Scottish Leaving Certificate Examination, 1955
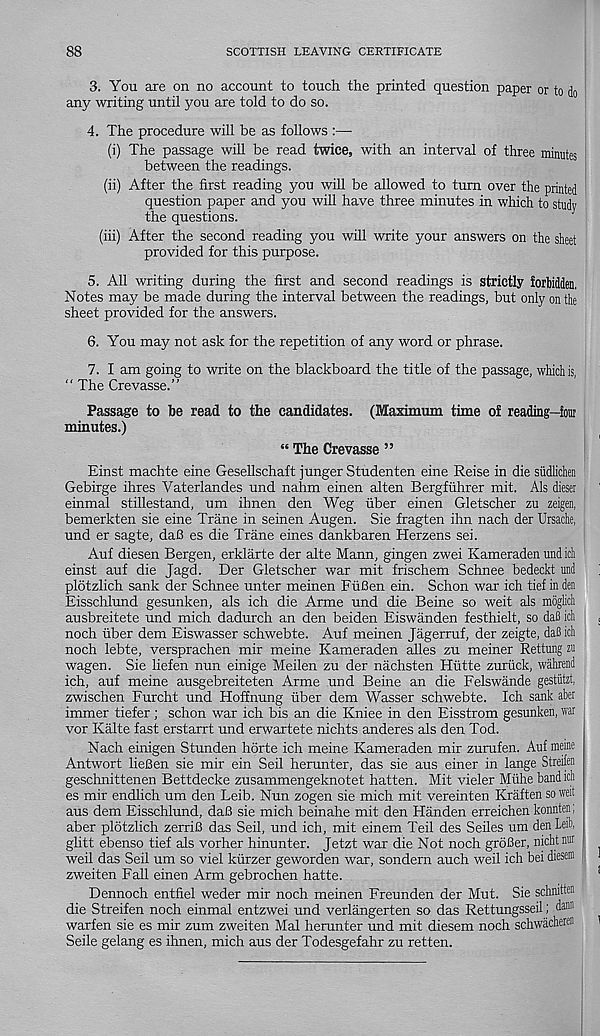
88
SCOTTISH LEAVING CERTIFICATE
3. You are on no account to touch the printed question paper or to do
any writing until you are told to do so.
4. The procedure will be as follows :—
(i) The passage will be read twice, with an interval of three minutes
between the readings.
(ii) After the first reading you will be allowed to turn over the printed
question paper and you will have three minutes in which to study
the questions.
(iii) After the second reading you will write your answers on the sheet
provided for this purpose.
5. All writing during the first and second readings is strictly forbidden.
Notes may be made during the interval between the readings, but only on the
sheet provided for the answers.
6. You may not ask for the repetition of any word or phrase.
7. I am going to write on the blackboard the title of the passage, which is,
" The Crevasse.”
Passage to be read to the candidates. (Maximum time of reading—four
minutes.)
“ The Crevasse ”
Einst machte eine Gesellschaft junger Studenten eine Reise in die sudlichen
Gebirge ihres Vaterlandes und nahm einen alten Bergfiihrer mit. Als dieser
einmal stillestand, um ihnen den Weg fiber einen Gletscher zu zeigen,
bemerkten sie eine Trane in seinen Augen. Sie fragten ihn nach der Ursache,
und er sagte, dafi es die Trane eines dankbaren Herzens sei.
Auf diesen Bergen, erklarte der alte Mann, gingen zwei Kameraden und ich
einst auf die Jagd. Der Gletscher war mit frischem Schnee bedeckt und
plotzlich sank der Schnee unter meinen FiiBen ein. Schon war ich tief in den
Eisschlund gesunken, als ich die Arme und die Beine so weit als moglicli
ausbreitete und mich dadurch an den beiden Eiswanden festhielt, so daB ich
noch iiber dem Eiswasser schwebte. Auf meinen Jagerruf, der zeigte, daB ich
noch lebte, versprachen mir meine Kameraden alles zu meiner Rettung zn
wagen. Sie liefen nun einige Meilen zu der nachsten Hiitte zuriick, wahrend
ich, auf meine ausgebreiteten Arme und Beine an die Felswande gestutzt,
zwischen Furcht und Hoffnung tiber dem Wasser schwebte. Ich sank aber
immer tiefer; schon war ich bis an die Kniee in den Eisstrom gesunken, war
vor Kalte fast erstarrt und erwartete nichts anderes als den Tod.
Nach einigen Stunden horte ich meine Kameraden mir zurufen. Auf meine
Antwort lieBen sie mir ein Seil herunter, das sie aus einer in lange Streilen
geschnittenen Bettdecke zusammengeknotet hatten. Mit vieler Miihe band ich
es mir endlich um den Leib. Nun zogen sie mich mit vereinten Kraften sowed
aus dem Eisschlund, daB sie mich beinahe mit den Handen erreichen konnten;
aber plotzlich zerriB das Seil, und ich, mit einem Teil des Seiles um den Leib,
glitt ebenso tief als vorher hinunter. Jetzt war die Not noch groBer, nichtnur
weil das Seil um so viel kiirzer geworden war, sondern auch weil ich bei diesem
zweiten Fall einen Arm gebrochen hatte.
Dennoch entfiel weder mir noch meinen Freunden der Mut. Sie schmtten
die Streifen noch einmal entzwei und verlangerten so das Rettungsseil; da 1111
warfen sie es mir zum zweiten Mai herunter und mit diesem noch schwacheren
Seile gelang es ihnen, mich aus der Todesgefahr zu retten.